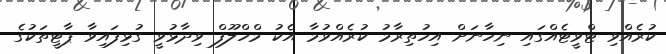
ކުރެއްވި ޓްވީޓެއްގައި ނިހާނަށް އިހުތިރާމު ކުރެއްވުމާ އެކު މްހްލޫފް ވިދާޅުވީ ގުޅިފައިވާ ޕާޓީތަކުގެ